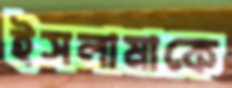
ইসলামাকে